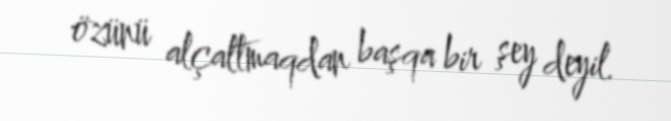
özünü alçaltmaqdan başqa bir şey deyil.